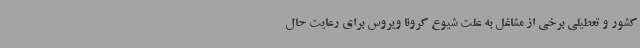
کشور و تعطیلی برخی از مشاغل به علت شیوع کرونا ویروس برای رعایت حال